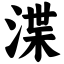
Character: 渫